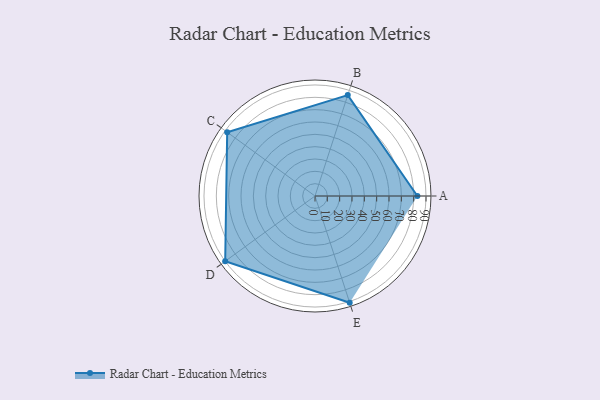
{"axis": {"x": "Skill", "y": "Score"}, "legend": ["Profile"], "data": [{"x": "A", "y": 83.0, "type": "Profile"}, {"x": "B", "y": 86.0, "type": "Profile"}, {"x": "C", "y": 88.0, "type": "Profile"}, {"x": "D", "y": 90.0, "type": "Profile"}, {"x": "E", "y": 91.0, "type": "Profile"}]}